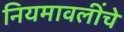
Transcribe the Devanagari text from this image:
नियमावलींचे